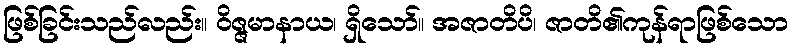
ဖြစ်ခြင်းသည်လည်း။ ဝိဇ္ဇမာနာယ၊ ရှိသော်။ အဇာတိပိ၊ ဇာတိ၏ကုန်ရာဖြစ်သော